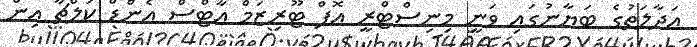
އަދާލަތުގެ ބަޔާނުގައި ވަނީ މިނިސްޓްރީ އޮފް ޓޫރިޒަމް އާޓްސް އެންޑް ކަލްޗާ އިން